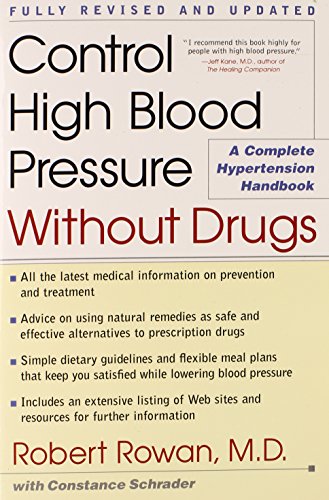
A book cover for Control High Blood Pressure Without Drugs: A Complete Hypertension Handbook; Robert Rowan; Health, Fitness & Dieting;